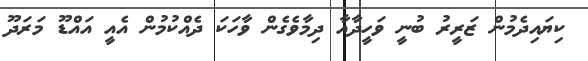
ކިޔައިދެމުން ޒަރީރު ބުނީ ވަހީދާއާ ދިމާވެގެން ވާހަކަ ދެއްކުމުން އެއީ އައްޑޫ މަރަދޫ